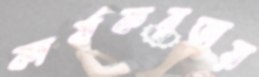
কার্যকরতায়